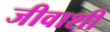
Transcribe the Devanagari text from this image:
जीवाशी